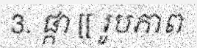
3. ផ្កា [[ រូបភាព